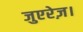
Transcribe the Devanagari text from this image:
जुएरेज़।